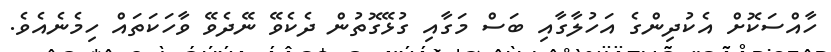
ހާއްސަކޮށް އެކުދިންގެ އަހުލާގާއި ބަސް މަގާއި ގުޅޭގޮތުން ދެކެވޭ ނޭދެވޭ ވާހަކަތައް ހިމެނެއެވެ.